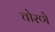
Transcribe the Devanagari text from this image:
चोरणे